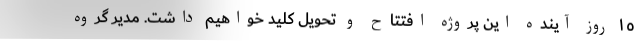
١٥ روز آينده این پروژه افتتاح و تحويل كليد خواهيم داشت. مدیر گروه